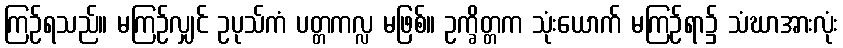
ကြဉ်ရသည်။ မကြဉ်လျှင် ဥပုသ်ကံ ပတ္တကလ္လ မဖြစ်။ ဥက္ခိတ္တက သုံးယောက် မကြဉ်ရာ၌ သံဃာအားလုံး